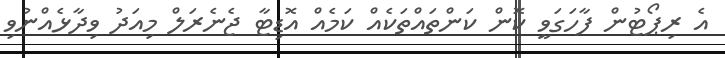
އެ ރިޕޯޓުން ފާހަގަވީ ކޮން ކަންތައްތަކެއް ކަމެއް އޮޑިޓާ ޖެނެރަލް މިއަދު ވިދާޅެއްނުވި